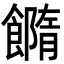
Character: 𩞢